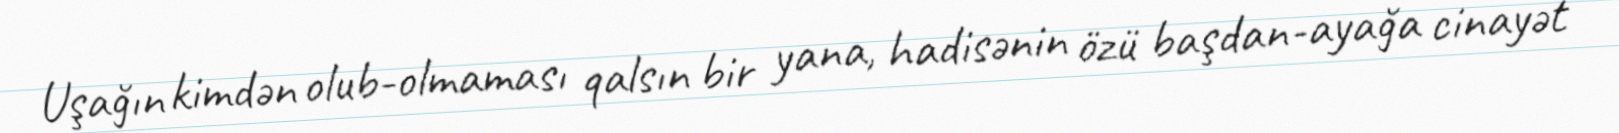
Uşağın kimdən olub-olmaması qalsın bir yana, hadisənin özü başdan-ayağa cinayət